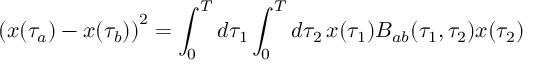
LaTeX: { ( x ( \tau _ { a } ) - x ( \tau _ { b } ) ) } ^ { 2 } = \int _ { 0 } ^ { T } d \tau _ { 1 } \int _ { 0 } ^ { T } d \tau _ { 2 } \, x ( \tau _ { 1 } ) B _ { a b } ( \tau _ { 1 } , \tau _ { 2 } ) x ( \tau _ { 2 } )